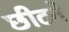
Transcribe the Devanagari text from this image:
छीटने